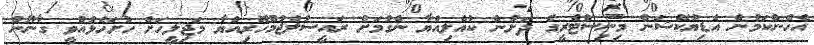
އެހެންކަމުން އެޑިޔުކޭޝަން މިނިސްޓްރީގެ ދަށުން ކުއްލިއްޔާ ނެގުމަށް ރައީސުލްޖުމްހޫރިއްޔާ މަޖިލީހަށް ހުށަހެޅުއްވީ ގާނޫނު